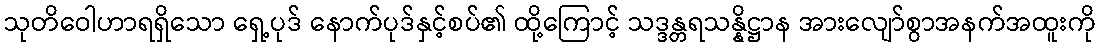
သုတိဝေါဟာရရှိသော ရှေ့ပုဒ် နောက်ပုဒ်နှင့်စပ်၏ ထို့ကြောင့် သဒ္ဒန္တရသန္နိဋ္ဌာန အားလျော်စွာအနက်အထူးကို